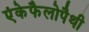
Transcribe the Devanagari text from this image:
एंकेफैलोपैथी